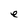
Character: e